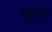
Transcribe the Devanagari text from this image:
चतुर्थतः